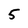
Character: 5